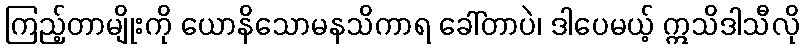
ကြည့်တာမျိုးကို ယောနိသောမနသိကာရ ခေါ်တာပဲ၊ ဒါပေမယ့် ဣသိဒါသီလို